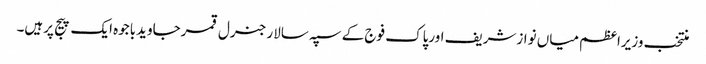
منتخب وزیراعظم میاں نوازشریف اورپاک فوج کے سپہ سالار جنرل قمرجاویدباجوہ ایک پیج پرہیں۔